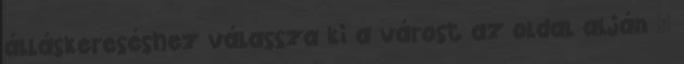
álláskereséshez válassza ki a várost az oldal alján "